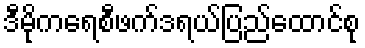
ဒီမိုကရေစီဖက်ဒရယ်ပြည်ထောင်စု